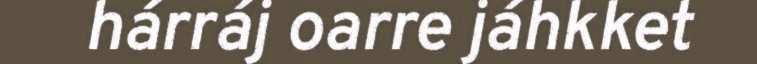
hárráj oarre jáhkket